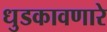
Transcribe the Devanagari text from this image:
धुडकावणारे